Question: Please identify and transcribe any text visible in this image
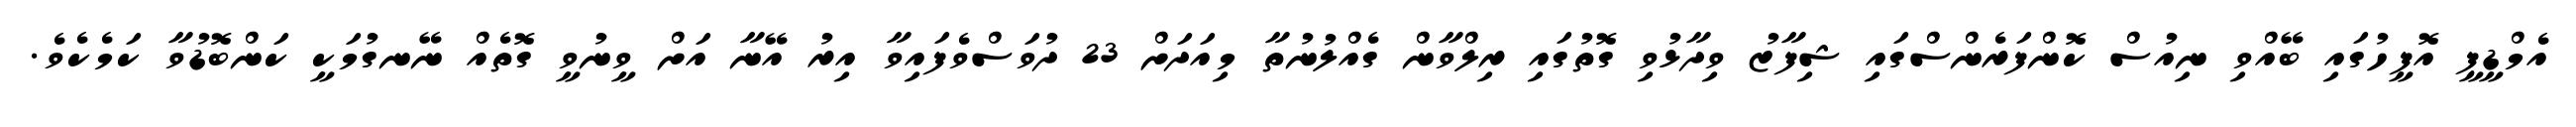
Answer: އެމްޑީޕީ އޮފީހުގައި ބޭއްވި ނިއުސް ކޮންފަރެންސްގައި ޝިފާޒު ވިދާޅުވި ގޮތުގައި ރިލްވާން ގެއްލުނުތާ މިއަދަށް 23 ދުވަސްވެފައިވާ އިރު އޭނާ އަށް ވީނުވީ ގޮތެއް ނޭނގުމަކީ ކަންބޮޑުވާ ކަމެކެވެ.